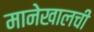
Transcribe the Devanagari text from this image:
मानेखालची